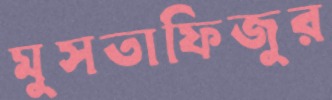
মুসতাফিজুর